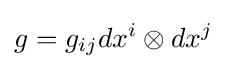
g=g_{ij}dx^{i}\otimes dx^{j}